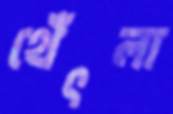
থেঁৎলা